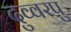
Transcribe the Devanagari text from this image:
दुव्वरपु